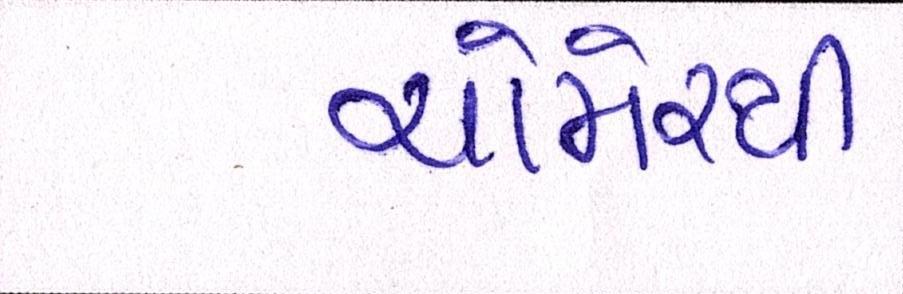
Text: ચોમેરથી